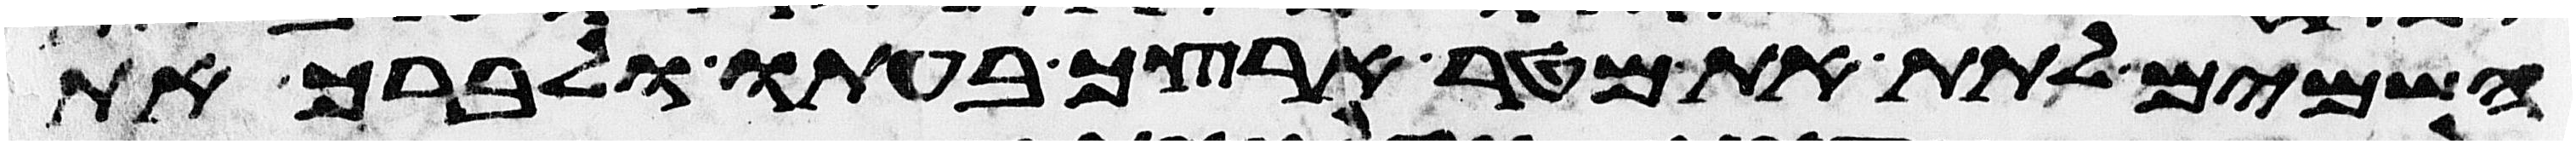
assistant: השמים לתת את מטר ארצך בעתו לברך את